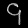
Digit: ၄